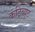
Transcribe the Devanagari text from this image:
कंट्रिब्यूट